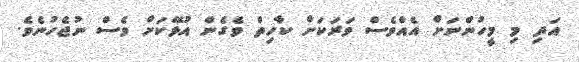
އަދި މި މީހުންނަށް އެއްވެސް ވަރަކަށް ކާހިތް ވެގެން އުޅޭކަށް ވެސް ނުޖެހުނެވެ.